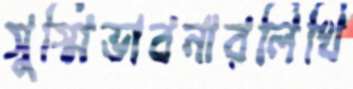
সুস্মিভাবনারলিখি